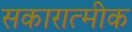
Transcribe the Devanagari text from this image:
सकारात्मीक